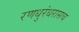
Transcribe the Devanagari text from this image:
रणधुरंधरासच